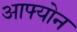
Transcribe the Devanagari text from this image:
आफ्योन